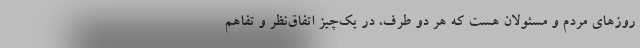
روزهای مردم و مسئولان هست که هر دو طرف، در یک‌چیز اتفاق‌نظر و تفاهم